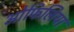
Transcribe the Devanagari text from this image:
ओफिलिया